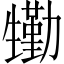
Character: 𤯺